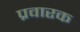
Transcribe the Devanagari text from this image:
प्रवारक